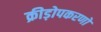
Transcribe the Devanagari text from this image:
क्रीड़ोपकरणों